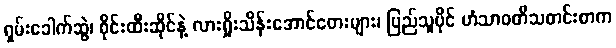
ရှမ်းခေါက်ဆွဲ၊ စိုင်းထီးဆိုင်နဲ့ လားရှိုးသိန်းအောင်တေးများ၊ ပြည်သူပိုင် ဟံသာဝတီသတင်းစာက